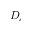
D _ { e }